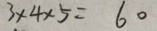
3 \times 4 \times 5 = 6 0